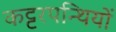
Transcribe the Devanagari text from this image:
कट्टरपन्थियों